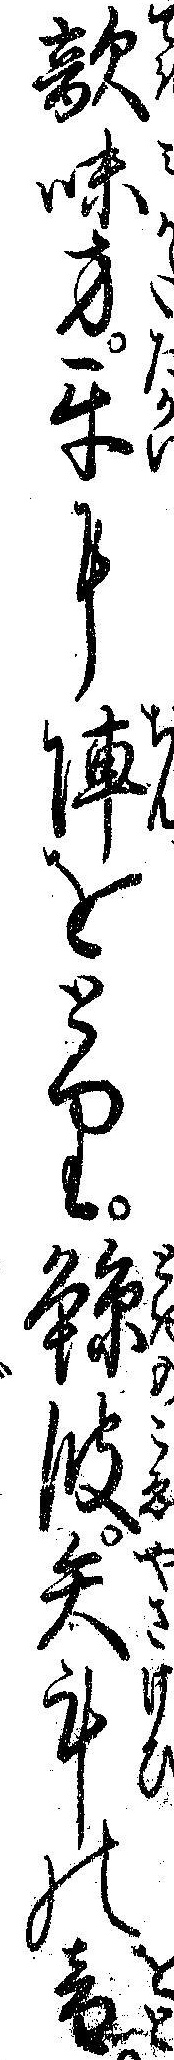
敵味方互に陣をとり鯨波矢叫の音